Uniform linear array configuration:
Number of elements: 16
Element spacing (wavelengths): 0.25
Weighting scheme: hann
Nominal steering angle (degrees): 0
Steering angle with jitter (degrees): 0.3785
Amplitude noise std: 0.05
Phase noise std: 0.05

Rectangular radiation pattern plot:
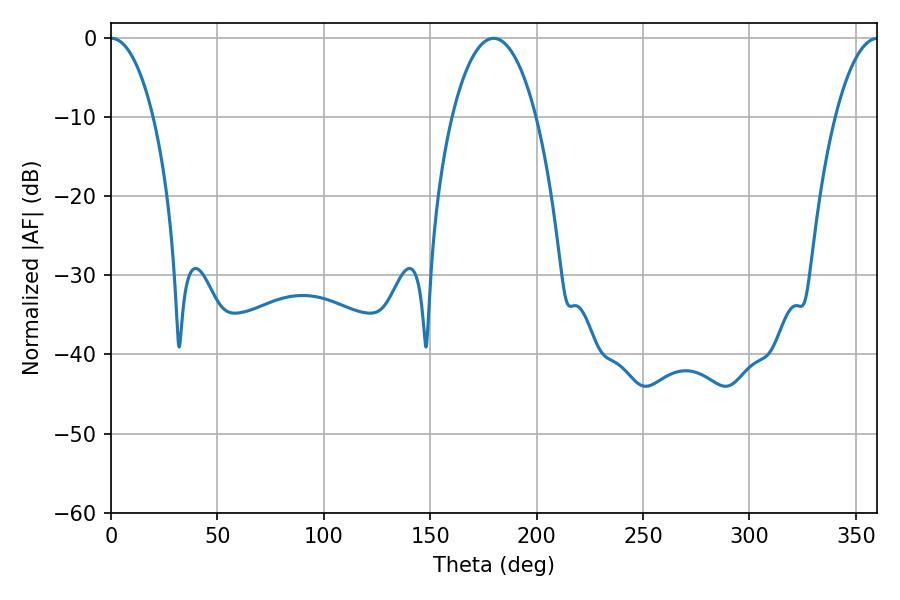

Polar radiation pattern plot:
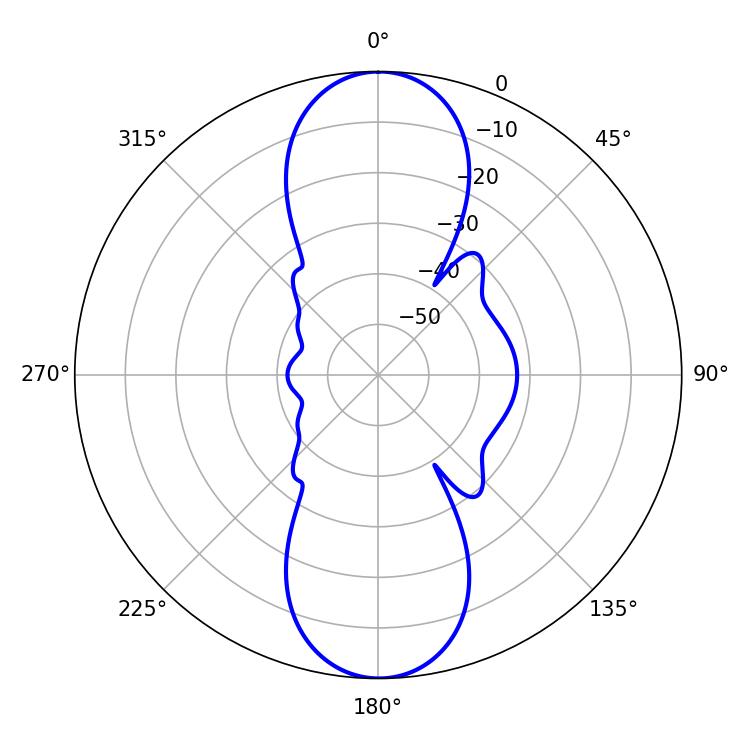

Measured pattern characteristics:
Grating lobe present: FALSE
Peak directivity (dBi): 30.092
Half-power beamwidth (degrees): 22.14
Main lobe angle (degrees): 179.82